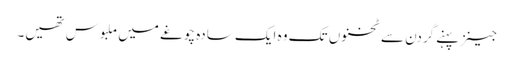
جینز پہنےگردن سے ٹخنوں تک وہ ایک سادہ چوغے میں ملبوس تھیں۔